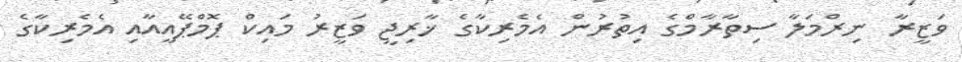
ވަޒީރާ ނިރްމަލާ ސިތާރާމްގެ އިތުރުން އެމެރިކާގެ ޚާރިޖީ ވަޒީރު މައިކް ޕޮމްޕޭއީއާއި އެމެރިކާގެ